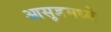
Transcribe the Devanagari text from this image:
आसूडमध्ये